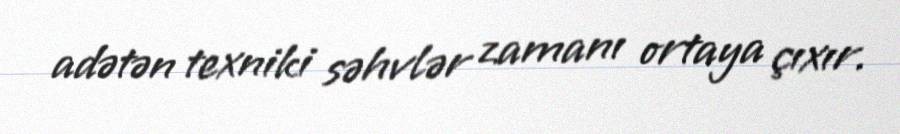
adətən texniki səhvlər zamanı ortaya çıxır.